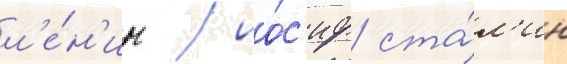
л'е́н'ин / ио́с'иф ста́л'ин